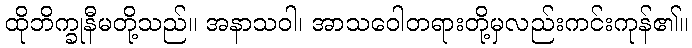
ထိုဘိက္ခုနီမတို့သည်။ အနာသဝါ၊ အာသဝေါတရားတို့မှလည်းကင်းကုန်၏။